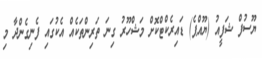
ޔޫސުފް ޝަފީއު (ޔޫއްޕެ) ޑައިރެކްޓްކޮށް މަޝްހޫރު ގިނަ ތަރިންތަކެއް އެކުގައި ފެނިގެންދާ މި